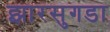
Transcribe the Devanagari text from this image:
झारसुगडा